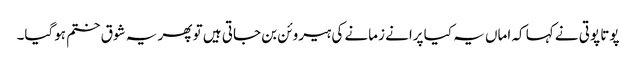
پوتا پوتی نے کہا کہ اماں یہ کیا پرانے زمانے کی ہیروئن بن جاتی ہیں تو پھر یہ شوق ختم ہوگیا۔